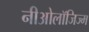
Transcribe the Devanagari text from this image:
नीओलॉजिज्म